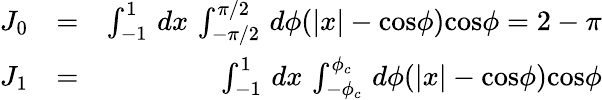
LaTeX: \begin{array}{rlr}{J_{0}}&{=}&{\int_{-1}^{1}\, dx\, \int_{-\pi/2}^{\pi/2}\, d\phi(|x|-\mathrm{cos}\phi)\mathrm{cos}\phi=2-\pi}\\ {J_{1}}&{=}&{\int_{-1}^{1}\, dx\, \int_{-\phi_{c}}^{\phi_{c}}\, d\phi(|x|-\mathrm{cos}\phi)\mathrm{cos}\phi}\end{array}